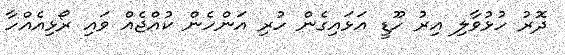
ދޮރު ހުޅުވާލި އިރު ހޫޑީ އަޅައިގެން ހުރި އަންހެން ކުއްޖެއް ވައި ރޯޅިއެއްހާ